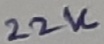
Text: 22K